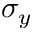
\sigma _ { y }